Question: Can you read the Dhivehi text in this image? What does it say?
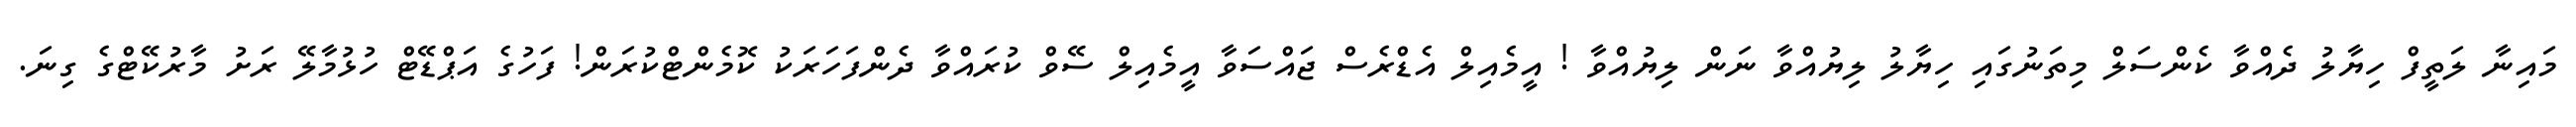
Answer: މައިނާ ލަތީފް ހިޔާލު ދެއްވާ ކެންސަލް މިތަނުގައި ހިޔާލު ލިޔުއްވާ ނަން ލިޔުއްވާ ! އީމެއިލް އެޑްރެސް ޖައްސަވާ އީމެއިލް ސޭވް ކުރައްވާ ދެންފަހަރަކު ކޮމެންޓްކުރަން! ފަހުގެ އަޕްޑޭޓް ހުޅުމާލޭ ރަށު މާރުކޭޓްގެ ގިނަ.